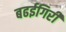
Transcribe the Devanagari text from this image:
बढईगिरी